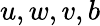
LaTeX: {u},{w},{v},{b}